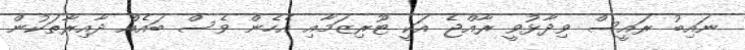
ނައިބު ރައީސް ވިދާޅުވީ ރާއްޖެ އަކީ ޓޫރިޒަމާއި އެހެން ވެސް ބައެއް ދާއިރާތަކުން